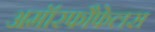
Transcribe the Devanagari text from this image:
अमॉरफौफेलस